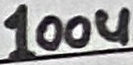
Text: 12VDC